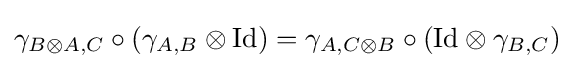
\gamma _{B\otimes A,C}\circ (\gamma _{A,B}\otimes {\text{Id}})=\gamma _{A,C\otimes B}\circ ({\text{Id}}\otimes \gamma _{B,C})